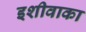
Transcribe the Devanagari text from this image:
इशीवाका